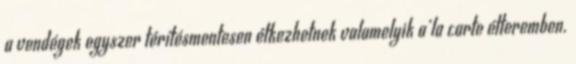
a vendégek egyszer térítésmentesen étkezhetnek valamelyik a’la carte étteremben.